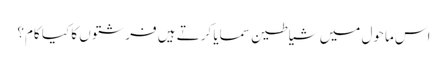
اس ماحول میں شیاطین سمایا کرتے ہیں فرشتوں کا کیا کام؟